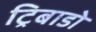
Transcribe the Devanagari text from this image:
ट्रिबाडो